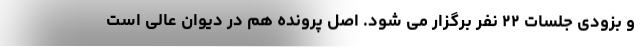
و بزودی جلسات ۲۲ نفر برگزار می شود. اصل پرونده هم در دیوان عالی است